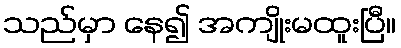
သည်မှာ နေ၍ အကျိုးမထူးပြီ။